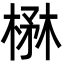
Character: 楙